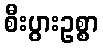
စီးပွားဥစ္စာ